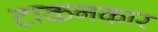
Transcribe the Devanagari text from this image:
टाकनकार